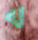
له